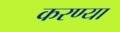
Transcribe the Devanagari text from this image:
करण्या